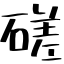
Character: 磋